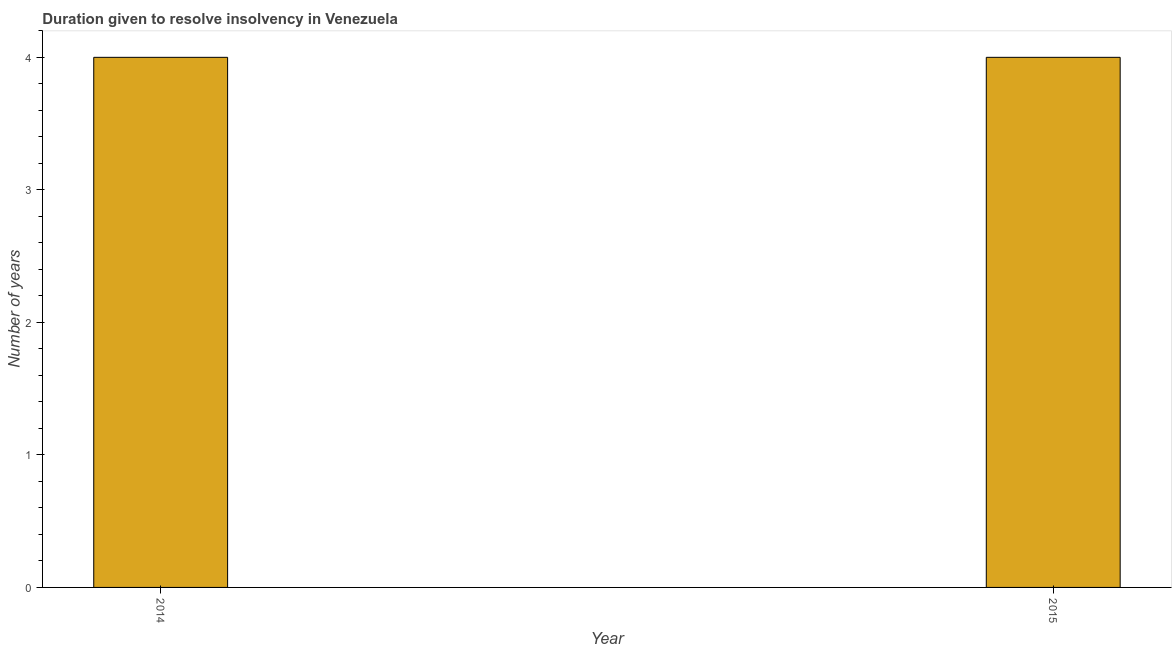
| Year | Resolve insolvency |
 | --- | --- |
 | 2014 | 4 |
 | 2015 | 4 |